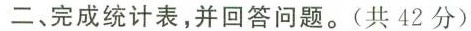
二、完成统计表，并回答问题。(共42分)